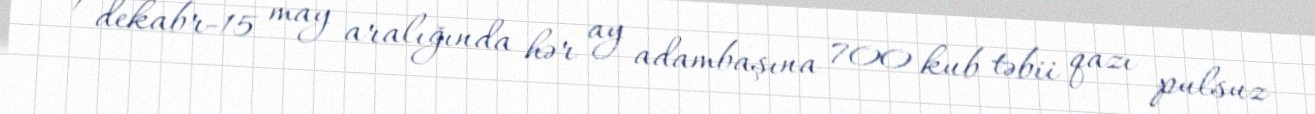
1 dekabr-15 may aralığında hər ay adambaşına 700 kub təbii qazı pulsuz